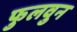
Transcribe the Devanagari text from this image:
फुलवुन